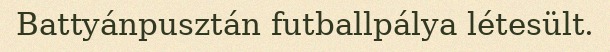
Battyánpusztán futballpálya létesült.